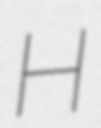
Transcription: H